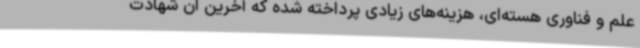
علم و فناوری هسته‌ای، هزینه‌های زیادی پرداخته شده که آخرین آن شهادت